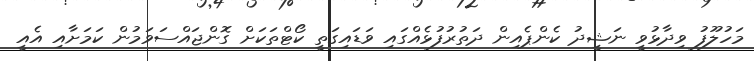
މަހުލޫފު ވިދާޅުވީ ނަޝީދު ކެންޕެއިން ދަތުރުފުޅެއްގައި ވަޑައިގަތީ ކޯޓްތަކަށް ގޮންޖައްސަވަމުން ކަމަށާއި އެއީ